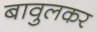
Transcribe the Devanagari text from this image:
बावुलकर